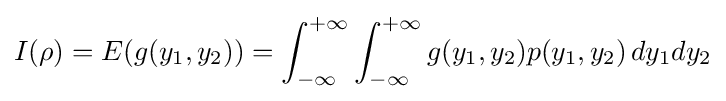
I(\rho )=E(g(y_{1},y_{2}))=\int _{-\infty }^{+\infty }\int _{-\infty }^{+\infty }g(y_{1},y_{2})p(y_{1},y_{2})\,dy_{1}dy_{2}